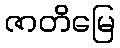
ဇာတိမြေ